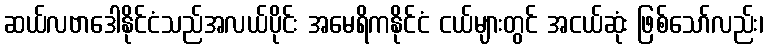
ဆယ်လဗာဒေါနိုင်ငံသည်အလယ်ပိုင်း အမေရိကနိုင်ငံ ငယ်များတွင် အငယ်ဆုံး ဖြစ်သော်လည်း၊